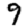
Digit: 9